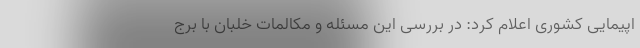
اپیمایی کشوری اعلام کرد: در بررسی این مسئله و مکالمات خلبان با برج